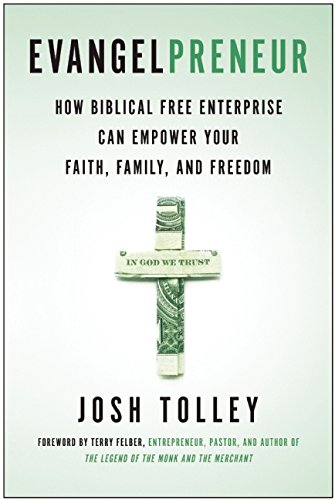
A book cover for Evangelpreneur: How Biblical Free Enterprise Can Empower Your Faith, Family, and Freedom; Josh Tolley; Business & Money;